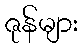
ဇုန်များ